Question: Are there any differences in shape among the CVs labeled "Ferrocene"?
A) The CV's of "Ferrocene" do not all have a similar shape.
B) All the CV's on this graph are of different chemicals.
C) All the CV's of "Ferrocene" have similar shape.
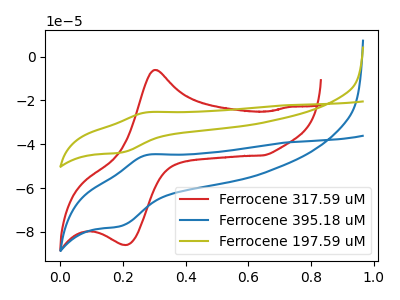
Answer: <think>The red curve "Ferrocene 317.59 uM" has an anodic peak at (0.30V, -6.10uA) and a cathodic peak at (0.20V, -85.90uA). The blue curve "Ferrocene 395.18 uM" has an anodic peak at (0.30V, -44.85uA) and a cathodic peak at (0.20V, -77.35uA). The olive curve "Ferrocene 197.59 uM" has an anodic peak at (0.30V, -25.40uA) and a cathodic peak at (0.20V, -43.85uA).
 All the peaks in "Ferrocene 317.59 uM" have a peak in "Ferrocene 395.18 uM" at the same potential. Every peak in "Ferrocene 317.59 uM" is higher than every peak in "Ferrocene 395.18 uM". All the peaks in "Ferrocene 317.59 uM" have a peak in "Ferrocene 197.59 uM" at the same potential. Every peak in "Ferrocene 317.59 uM" is higher than every peak in "Ferrocene 197.59 uM". All the peaks in "Ferrocene 395.18 uM" have a peak in "Ferrocene 197.59 uM" at the same potential.</think>
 <answer>C) All the CV's of "Ferrocene" have similar shape.</answer>
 <eval>C</eval>